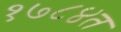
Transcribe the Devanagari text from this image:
१७८४त